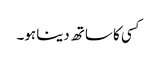
کسی کا ساتھ دینا ہو۔